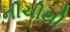
નીચીથી